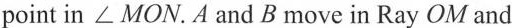
point in \angle MON. A and B move in Ray OM and